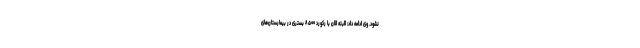
نشود. وی ادامه داد: البته الان با رکورد ۸۵۰۰ بستری در بیمارستان‌ها‌ی